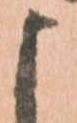
よ